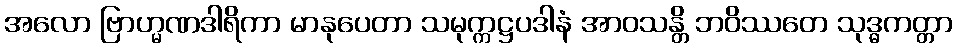
အလော ဗြာဟ္မဏဒါရိကာ မာနုပေတာ သမုက္ကဋ္ဌပဒါနံ အာဝသန္တိ ဘဝိဿတေ သုဒ္ဓကတ္တာ